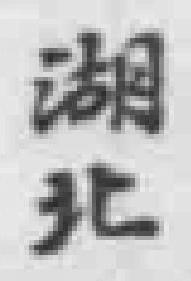
湖北